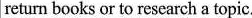
return books or to research a topic.